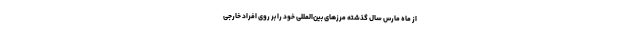
از ماه مارس سال گذشته مرزهای بین‌المللی خود را بر روی افراد خارجی